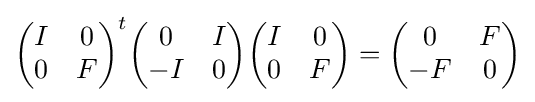
{\begin{pmatrix}I&0\\0&F\end{pmatrix}}^{t}{\begin{pmatrix}0&I\\-I&0\end{pmatrix}}{\begin{pmatrix}I&0\\0&F\end{pmatrix}}={\begin{pmatrix}0&F\\-F&0\end{pmatrix}}